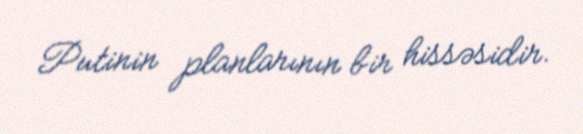
Putinin planlarının bir hissəsidir.